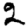
Digit: 2